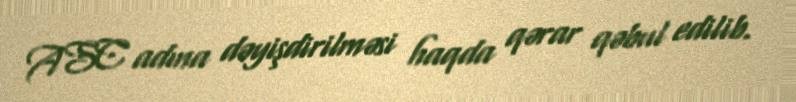
ASC adına dəyişdirilməsi haqda qərar qəbul edilib.